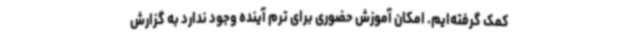
کمک گرفته‌ایم. امکان آموزش حضوری برای ترم آینده وجود ندارد به گزارش